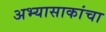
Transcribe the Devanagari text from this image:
अभ्यासाकांचा